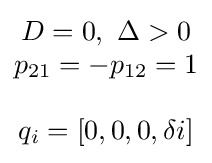
\scriptstyle {\begin{matrix}D=0,\ \Delta >0\\p_{21}=-p_{12}=1\\\\q_{i}=[0,0,0,\delta i]\end{matrix}}